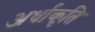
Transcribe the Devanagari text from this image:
अर्धाकृति